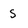
Character: s